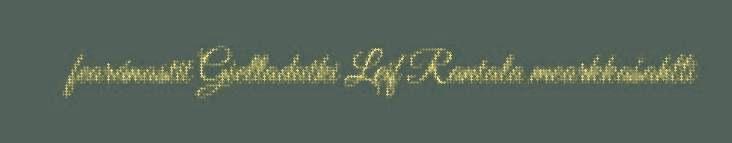
fearánastit Gielladutki Leif Rantala mearkkašahtti